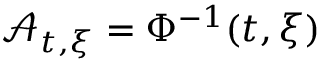
\mathcal { A } _ { t , \xi } = \Phi ^ { - 1 } ( t , \xi )